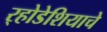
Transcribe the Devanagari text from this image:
र्‍होडेशियाचे